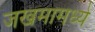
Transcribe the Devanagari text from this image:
जखमामध्ये